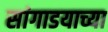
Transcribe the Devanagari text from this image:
सांगाडयाच्या